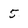
Character: 5